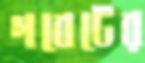
গবেটের